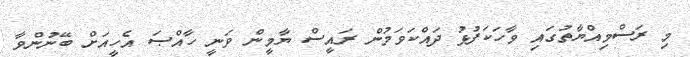
މި ރަސްމިއްޔާތުގައި ވާހަކަފުޅު ދައްކަވަމުން ރައީސް ޔާމީން ވަނީ ހާއްޞަ އެހީއަށް ބޭނުންވާ